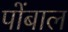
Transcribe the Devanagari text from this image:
पोंबाल